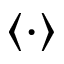
\langle \cdot \rangle